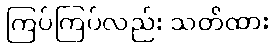
ကြပ်ကြပ်လည်း သတိထား